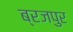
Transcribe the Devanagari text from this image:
ब्रजपुर